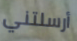
أرسلتني